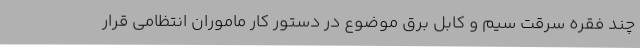
چند فقره سرقت سیم و کابل برق موضوع در دستور کار ماموران انتظامی قرار